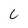
Character: 6